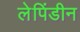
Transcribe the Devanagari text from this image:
लेपिंडीन